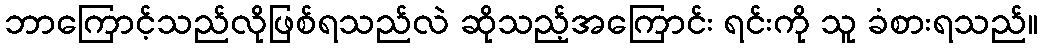
ဘာကြောင့်သည်လိုဖြစ်ရသည်လဲ ဆိုသည့်အကြောင်း ရင်းကို သူ ခံစားရသည်။